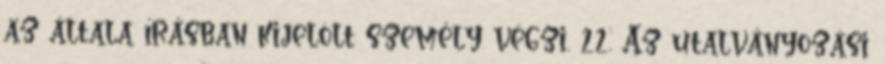
az általa írásban kijelölt személy végzi. 22. Az utalványozási